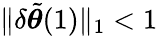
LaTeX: \lVert\delta\tilde{{\boldsymbol{\theta}}}(1)\rVert_{1}<1